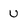
Character: U